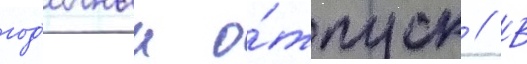
год'ичныи о́тпуск // В